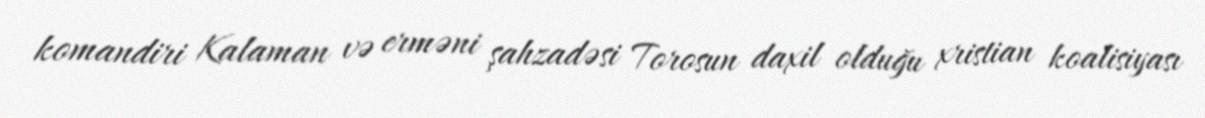
komandiri Kalaman və erməni şahzadəsi Torosun daxil olduğu xristian koalisiyası